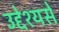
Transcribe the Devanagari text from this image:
उद्देश्‍यसे